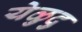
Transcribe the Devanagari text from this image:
येळुदु